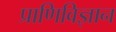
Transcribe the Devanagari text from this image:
प्राणिविज्ञान